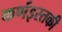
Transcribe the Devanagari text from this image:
कर्णइस्तकी